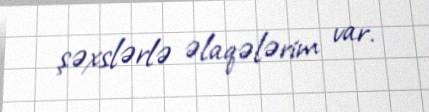
şəxslərlə əlaqələrim var.